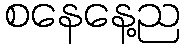
စနေနေ့ည